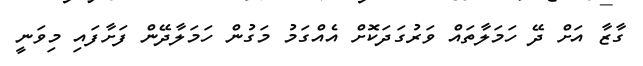
ގާޒާ އަށް ދޭ ހަމަލާތައް ވަރުގަދަކޮށް އެއްގަމު މަގުން ހަމަލާދޭން ފަށާފައި މިވަނީ